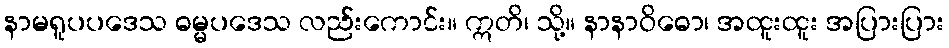
နာမရူပပဒေသ ဓမ္မပဒေသ လည်းကောင်း။ ဣတိ၊ သို့။ နာနာဝိဓော၊ အထူးထူး အပြားပြား